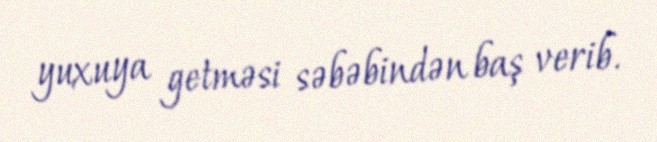
yuxuya getməsi səbəbindən baş verib.